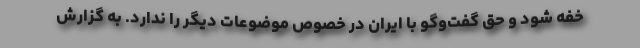
خفه شود و حق گفت‌وگو با ایران در خصوص موضوعات دیگر را ندارد. به گزارش